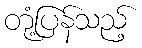
တုံ့ပြန်သည့်